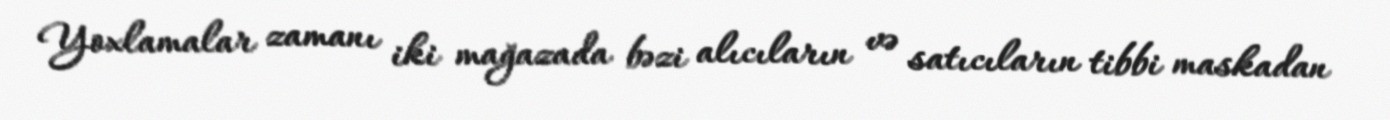
Yoxlamalar zamanı iki mağazada bəzi alıcıların və satıcıların tibbi maskadan